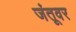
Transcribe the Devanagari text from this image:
जंतूवर